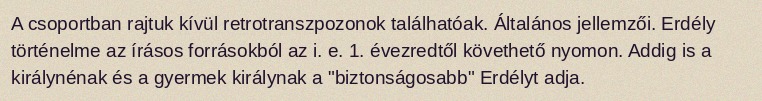
A csoportban rajtuk kívül retrotranszpozonok találhatóak. Általános jellemzői. Erdély történelme az írásos forrásokból az i. e. 1. évezredtől követhető nyomon. Addig is a királynénak és a gyermek királynak a "biztonságosabb" Erdélyt adja.